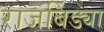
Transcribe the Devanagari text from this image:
राजबिंड्या